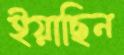
ইয়াছিন